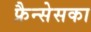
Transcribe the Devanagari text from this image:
फ्रैन्सेसका